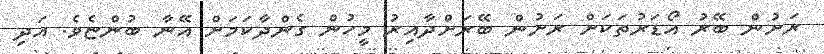
ރަށުން ބޭރު އޯޑަރުތަކަށް ރަށުން ބޭރަށްދާއިރު މީހުން ގެންދާކަމަށް އޭނާ ބުންޏެވެ. އަދި